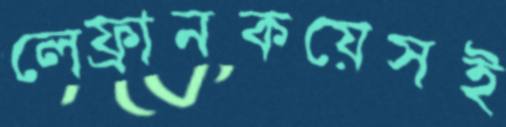
লেফ্রানকয়েসই